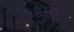
૬૨ની